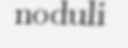
noduli